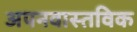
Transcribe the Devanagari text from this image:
अपनवास्तविक